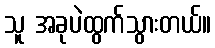
သူ အခုပဲထွက်သွားတယ်။